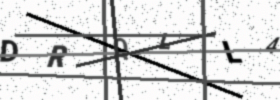
Text: DRQLL4